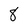
Character: 8